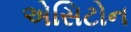
એસિટોન